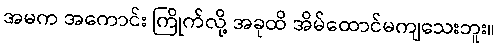
အမက အကောင်း ကြိုက်လို့ အခုထိ အိမ်ထောင်မကျသေးဘူး။